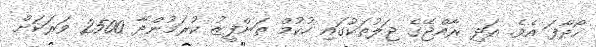
ހޯދާފަ އެވެ. އަދި ރާއްޖޭގެ ޖަލުތަކުގައި ހުކުމް ތަންފީޒު ކުރަމުންދާ 2500 ވަރަކަށް